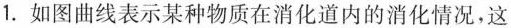
1.如图曲线表示某种物质在消化道内的消化情况，这